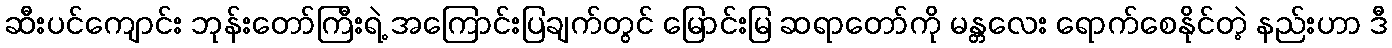
ဆီးပင်ကျောင်း ဘုန်းတော်ကြီးရဲ့ အကြောင်းပြချက်တွင် မြောင်းမြ ဆရာတော်ကို မန္တလေး ရောက်စေနိုင်တဲ့ နည်းဟာ ဒီ